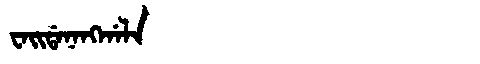
Manchu: ᠸᠠᡳᡩᠠᠨᠠᠩᡤᠠᠯᠠ
Romanization: WAIDANANGGALA